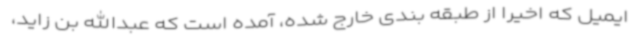
ایمیل که اخیراً از طبقه بندی خارج شده‌، آمده است که عبدالله بن زاید،